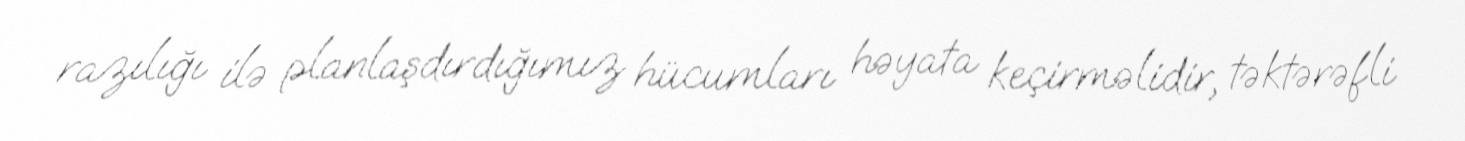
razılığı ilə planlaşdırdığımız hücumları həyata keçirməlidir, təktərəfli